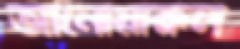
আনোয়ারুল